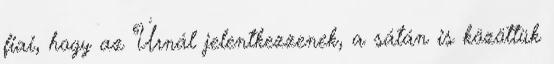
fiai, hogy az Úrnál jelentkezzenek, a sátán is közöttük